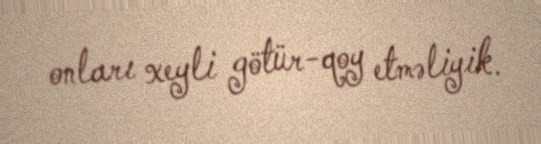
onları xeyli götür-qoy etməliyik.